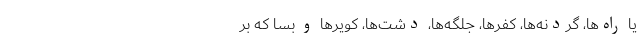
یا راه‌ها، گردنه‌ها، کَفَرها، جلگه‌ها، دشت‌ها، کویرها و بسا که بر